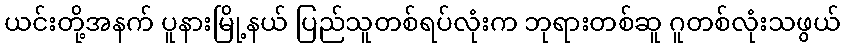
ယင်းတို့အနက် ပူနားမြို့နယ် ပြည်သူတစ်ရပ်လုံးက ဘုရားတစ်ဆူ ဂူတစ်လုံးသဖွယ်